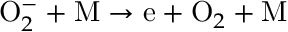
\mathrm O _ { 2 } ^ { - } + \mathrm M \to \mathrm e + \mathrm O _ { 2 } + \mathrm M